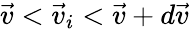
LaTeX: \vec{v}<\vec{v}_{i}<\vec{v}+d\vec{v}